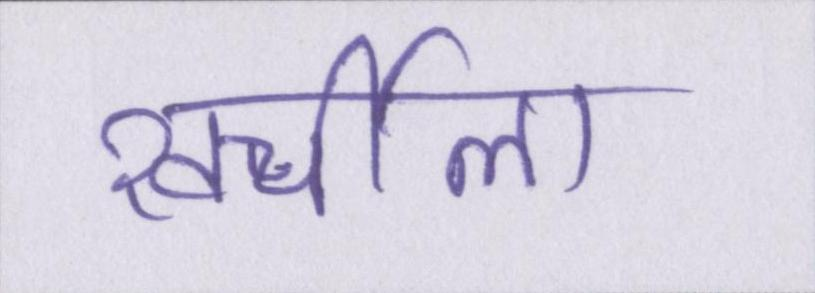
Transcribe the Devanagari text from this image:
खर्चीला